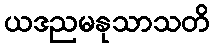
ယဒညမနုသာသတိ